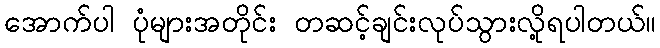
အောက်ပါ ပုံများအတိုင်း တဆင့်ချင်းလုပ်သွားလို့ရပါတယ်။